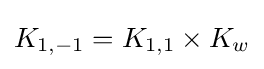
K_{1,-1}=K_{1,1}\times K_{w}